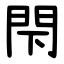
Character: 閇